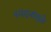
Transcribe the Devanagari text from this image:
स्पंदनांमुळे